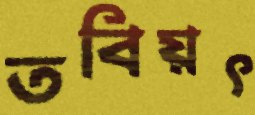
তবিয়ৎ